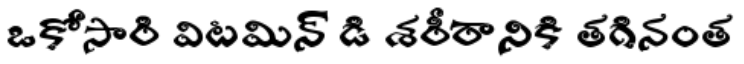
ఒకోసారి విటమిన్ డి శరీరానికి తగినంత